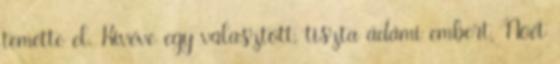
temette el. Kivéve egy választott, tiszta ádámi embert, Noét